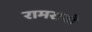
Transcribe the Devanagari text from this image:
रामरावो